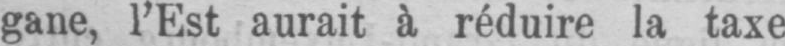
gane, l’Est aurait à réduire la taxe